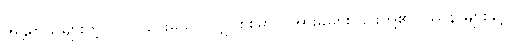
အန္တရာယ်များတဲ့ ပြုလုပ်ပေးမှသာ လျှပ်စစ်ဓာတ်အားခများ ၎င်းတို့၏ပြဿနာများနှင့်